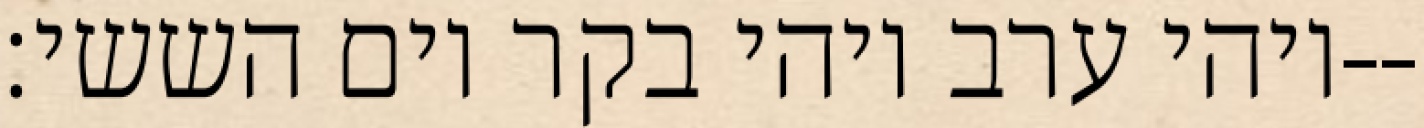
ויהי ערב ויהי בקר יום הששי׃--